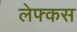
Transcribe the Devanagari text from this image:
लेफ्कस